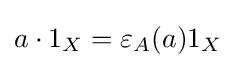
a\cdot 1_{X}=\varepsilon _{A}(a)1_{X}